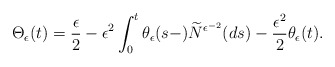
\begin{align*}\Theta_{\epsilon}(t)=\frac{\epsilon}{2}-\epsilon^{2}\int^t_0 \theta_{\epsilon}(s-)\widetilde{N}^{\epsilon^{-2}}(ds)-\frac{\epsilon^{2}}{2}\theta_{\epsilon}(t).\end{align*}